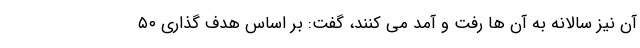
آن نیز سالانه به آن ها رفت و آمد می کنند، گفت: بر اساس هدف گذاری ۵۰